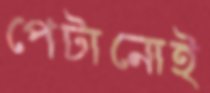
পেটানোই